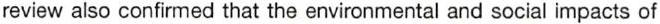
review also confirmed that the environmental and social impacts of